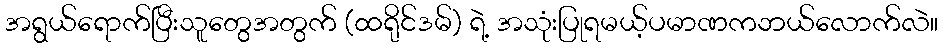
အရွယ်ရောက်ပြီးသူတွေအတွက် (ထရိုင်ဒမ်) ရဲ့ အသုံးပြုရမယ့်ပမာဏကဘယ်လောက်လဲ။